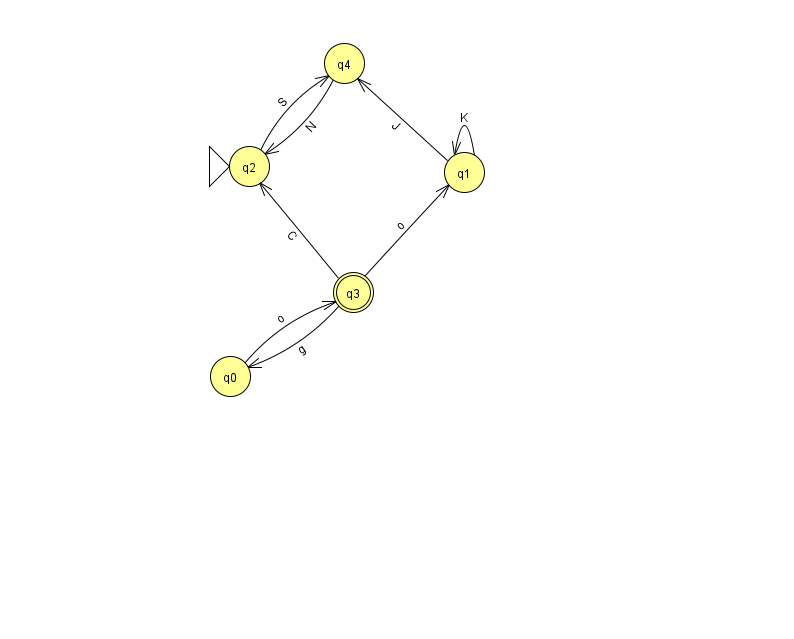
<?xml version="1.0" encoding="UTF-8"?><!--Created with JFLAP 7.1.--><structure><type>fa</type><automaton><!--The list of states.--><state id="0" name="q0"><x>230.0</x><y>363.0</y></state><state id="1" name="q1"><x>464.0</x><y>159.0</y></state><state id="2" name="q2"><x>249.0</x><y>153.0</y><initial/></state><state id="3" name="q3"><x>353.0</x><y>279.0</y><final/></state><state id="4" name="q4"><x>344.0</x><y>50.0</y></state><!--The list of transitions.--><transition><from>0</from><to>3</to><read>o</read></transition><transition><from>1</from><to>4</to><read>J</read></transition><transition><from>2</from><to>4</to><read>S</read></transition><transition><from>3</from><to>0</to><read>g</read></transition><transition><from>3</from><to>2</to><read>C</read></transition><transition><from>4</from><to>2</to><read>N</read></transition><transition><from>1</from><to>1</to><read>K</read></transition><transition><from>3</from><to>1</to><read>o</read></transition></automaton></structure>